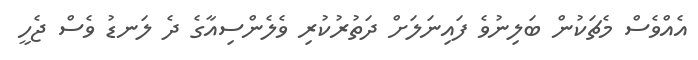
އެއްވެސް މެޗަކުން ބަލިނުވެ ފައިނަލަށް ދަތުރުކުރި ވެލެންސިއާގެ ދެ ލަނޑު ވެސް ޖެހީ